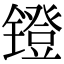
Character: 镫